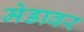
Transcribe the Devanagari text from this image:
मेडावर